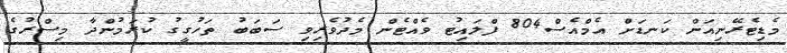
މެޑިޓެރޭނިއަން ކަނޑަށް އެމްއެސް804 ފްލައިޓު ވެއްޓެން މެދުވެރިވި ސަބަބު ތަހުގީގު ކުރަމުންދާ މިސްރުގެ